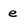
Character: e